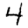
Digit: 4